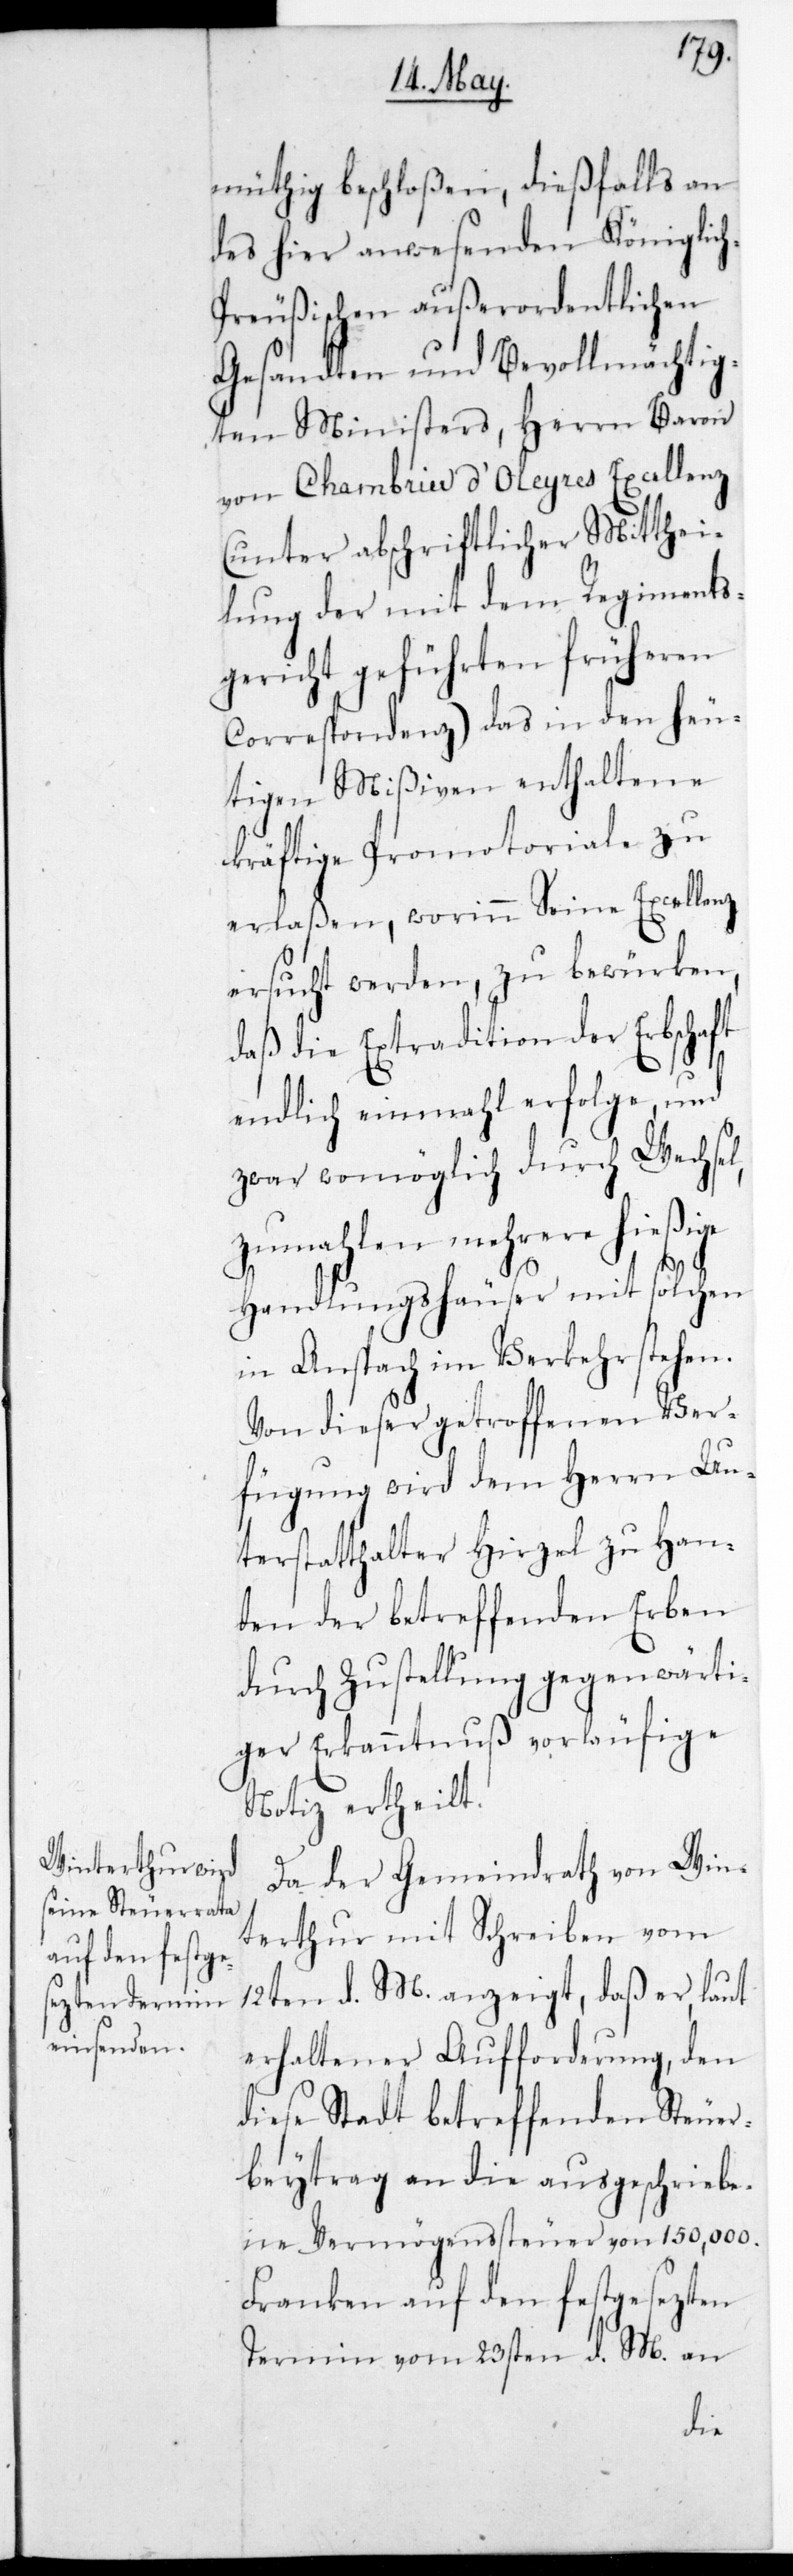
müthig beschloßen, dießfalls an
des hier anwesenden Königlic¬
h-Preußischen außerordentlichen
Gesandten und bevollmächtig¬
ten Ministers, Herrn Baron
von Chambrier d’Oleyres Excellenz
(unter abschriftlicher Mitthei¬
lung der mit dem Regiments-G¬
ericht geführten früheren
Correspondenz) das in den heu¬
tigen Mißiven enthaltene
kräftige Promotoriale zu
erlaßen, worinn Seine Excellenz
ersucht werden, zu bewürken,
daß die Extradition der Erbschaft
endlich einmahl erfolge, und
zwar womöglich durch Wechsel,
zumahlen mehrere hießige
Handlungshäuser mit solchen
in Ansbach im Verkehr stehen.
Von dieser getroffenen Ver¬
fügung wird dem Herrn Un¬
terstatthalter Hirzel zu Han¬
den der betreffenden Erben
durch Zustellung gegenwärti¬
ger Erkanntnuß vorläufige
Notiz ertheilt.
Da der Gemeindrath von Win¬
terthur mit Schreiben vom
12ten d. M. anzeigt, daß er, laut
erhaltener Aufforderung, den
diese Stadt betreffenden Steuer¬
beytrag an die ausgeschriebe¬
ne Vermögenssteuer von 150,000.
Franken auf den festgesezten
Termin vom 23sten d. M. an